Civil Veterinary Department. Madras. Admin. report 1926-33 - 1926-1933
Year: 1926
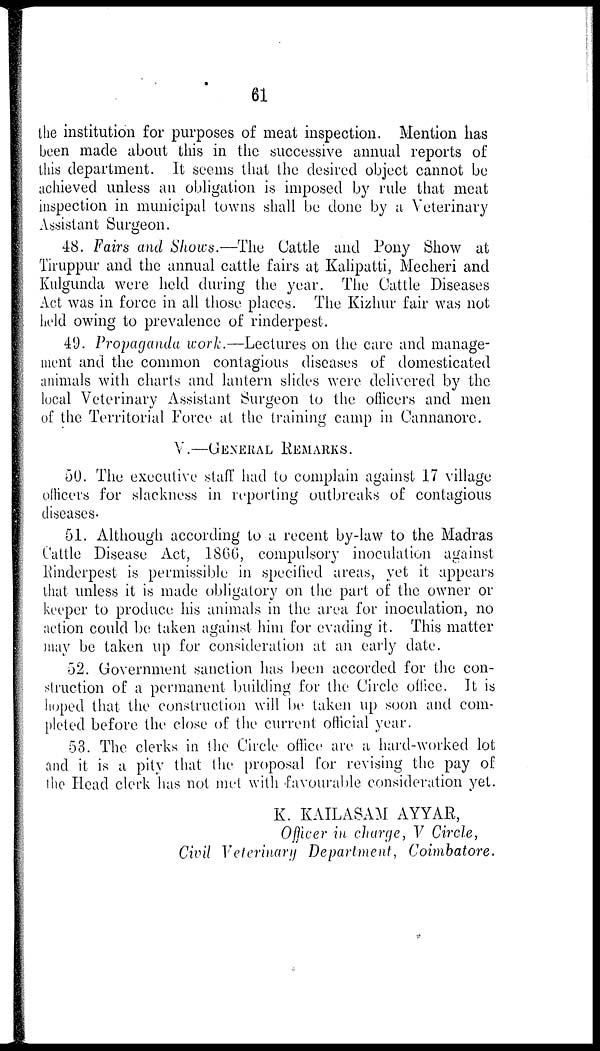
61
the institution for purposes of meat inspection. Mention has
been made about this in the successive annual reports of
this department. It seems that the desired object cannot be
achieved unless an obligation is imposed by rule that meat
inspection in municipal towns shall be done by a Veterinary
Assistant Surgeon.
48. Fairs and Shows.—The Cattle and Pony Show at
Tiruppur and the annual cattle fairs at Kalipatti, Mecheri and
Kulgunda were held during the year. The Cattle Diseases
Act was in force in all those places. The Kizhur fair was not
held owing to prevalence of rinderpest.
49. Propaganda work.—Lectures on the care and manage-
ment and the common contagious diseases of domesticated
animals with charts and lantern slides were delivered by the
local Veterinary Assistant Surgeon to the officers and men
of the Territorial Force at the training camp in Cannanore.
V.—GENERAL REMARKS.
50. The executive staff had to complain against 17 village
officers for slackness in reporting outbreaks of contagious
diseases.
61. Although according to a recent by-law to the Madras
Cattle Disease Act, 1860, compulsory inoculation against
Rinderpest is permissible in specified areas, yet it appears
that unless it is made obligatory on the part of the owner or
keeper to produce his animals in the area for inoculation, no
action could be taken against him for evading it. This matter
may be taken up for consideration at an early date.
52. Government sanction has been accorded for the con-
struction of a permanent building for the Circle office. It is
hoped that the construction will be taken up soon and com-
pleted before the close of the current official year.
53. The clerks in the Circle office are a hard-worked lot
and it is a pity that the proposal for revising the pay of
the Head clerk has not met with favourable consideration yet.
K. KAILASAM AYYAR,
Officer in charge, V Circle,
Civil Veterinary Department, Coimbatore.